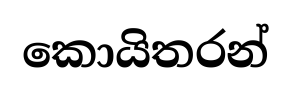
කොයිතරන්